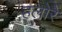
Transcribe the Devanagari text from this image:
हलोरे